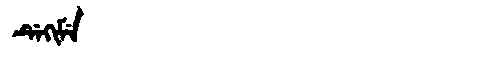
Manchu: ᡩᡝᡴᡳᠮᡝ
Romanization: DEKIME